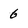
Character: 6